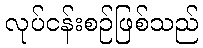
လုပ်ငန်းစဉ်ဖြစ်သည်